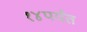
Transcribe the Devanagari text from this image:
१४पर्यंत